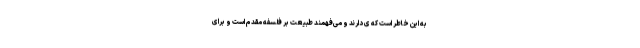
به این خاطر است که ی دارند و می‌فهمند طبیعت بر فلسفه مقدم است و برای